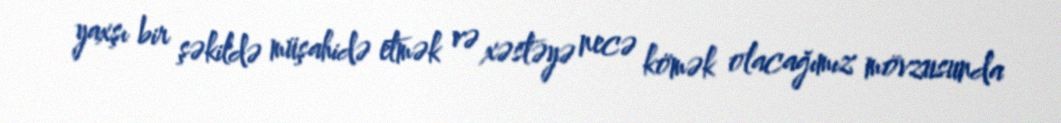
yaxşı bir şəkildə müşahidə etmək və xəstəyə necə kömək olacağımız mövzusunda